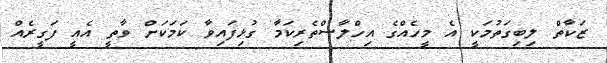
ޒަކާތް ލިބިގަތުމަކީ އެ މީހެއްގެ އިހްލާސްތެރިކަމާ ގުޅިފައިވާ ކަމަކަށް ވާތީ އެއީ ފަގީރެއް